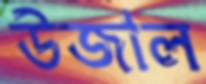
উজাল